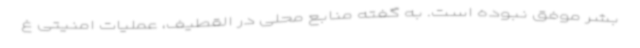
بشر موفق نبوده است. به گفته منابع محلی در القطیف، عملیات امنیتی غ